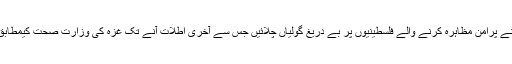
دوسری جانب، پیر ہی کے دن غزہ میں مبینہ اسرائیلی سرحد کے نزدیک اسرائیلی فوج نے پُرامن مظاہرہ کرنے والے فلسطینیوں پر بے دریغ گولیاں چلائیں جس سے آخری اطلات آنے تک غزہ کی وزارتِ صحت کیمطابق 55 فلسطینی جاں بحق ہوچکے ہیں جبکہ 2700 کے قریب فلسطینی زخمی ہوئے ہیں۔